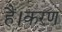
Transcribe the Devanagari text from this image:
हैं।करण